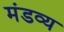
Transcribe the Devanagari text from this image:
मंडव्य